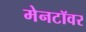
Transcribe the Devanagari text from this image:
मेनटॉवर